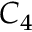
C _ { 4 }